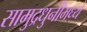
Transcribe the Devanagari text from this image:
सामुद्रधुनीमध्ये